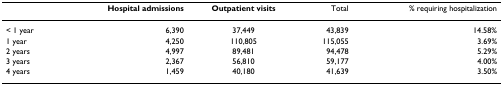
<table><thead><tr><td></td><td><b>Hospital admissions</b></td><td><b>Outpatient visits</b></td><td><b>Total</b></td><td><b>% requiring hospitalization</b></td></tr></thead><tbody><tr><td>&lt; 1 year</td><td>6,390</td><td>37,449</td><td>43,839</td><td>14.58%</td></tr><tr><td>1 year</td><td>4,250</td><td>110,805</td><td>115,055</td><td>3.69%</td></tr><tr><td>2 years</td><td>4,997</td><td>89,481</td><td>94,478</td><td>5.29%</td></tr><tr><td>3 years</td><td>2,367</td><td>56,810</td><td>59,177</td><td>4.00%</td></tr><tr><td>4 years</td><td>1,459</td><td>40,180</td><td>41,639</td><td>3.50%</td></tr></tbody></table>